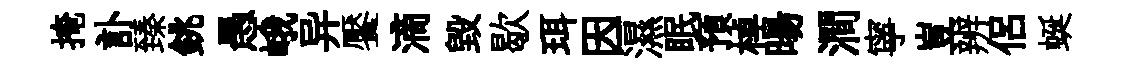
掩訃臻銚愚峨异饜滴毀歇珥因濕眠預棹暘澗寧豈辨侶蜒